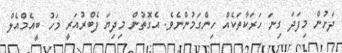
ދަށުން މިފަދަ ގިނަ ހަރަކާތަކެއް ހިންގަމުންނެވެ. އެގޮތުން މިދިޔަ ފެބްރުއަރީ މަހު ބީއެމްއެލް